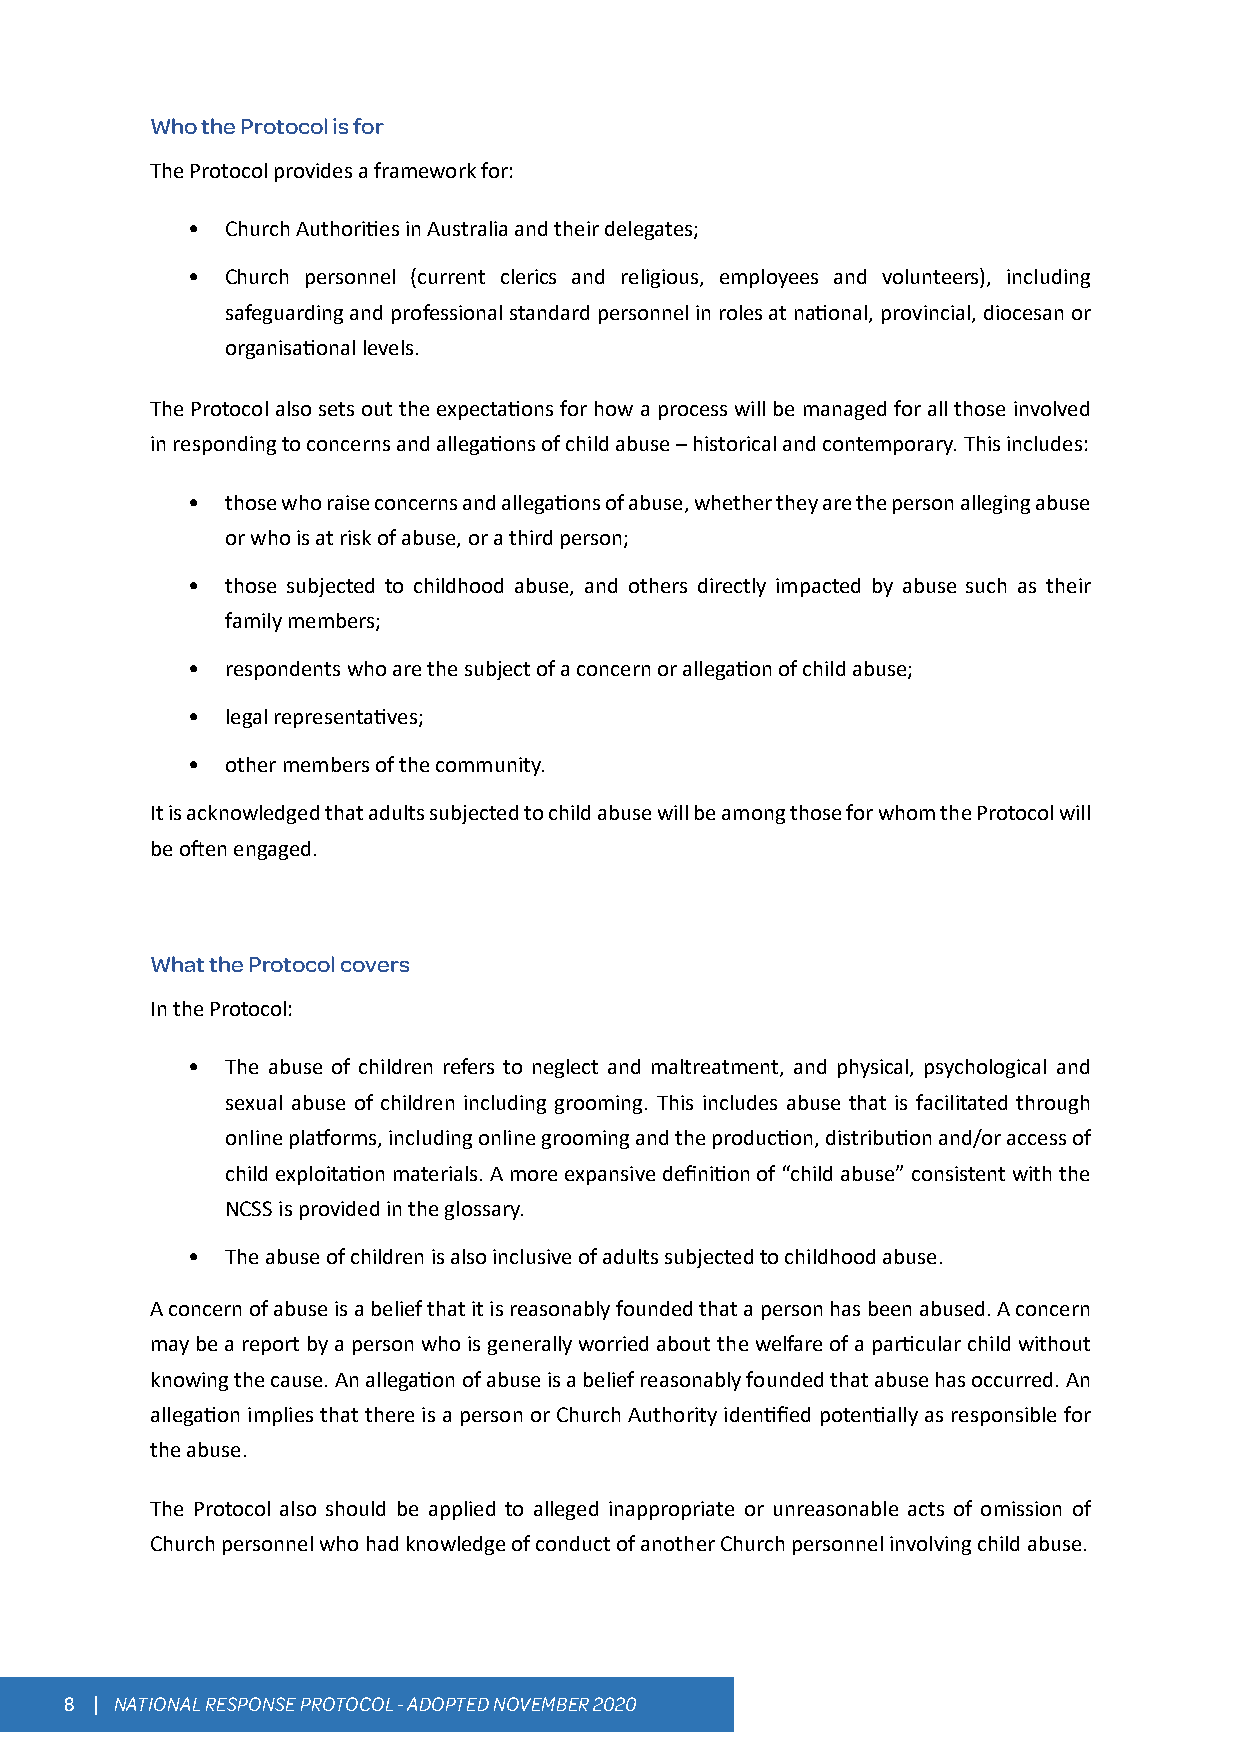
Who the Protocol is for
 The Protocol provides a framework for:
 •  Church Authorities in Australia and their delegates;
 •  Church personnel (current clerics and religious, employees and volunteers), including
 safeguarding and professional standard personnel in roles at national, provincial, diocesan or
 organisational levels.
 The Protocol also sets out the expectations for how a process will be managed for all those involved
 in responding to concerns and allegations of child abuse – historical and contemporary. This includes:
 •  those who raise concerns and allegations of abuse, whether they are the person alleging abuse
 or who is at risk of abuse, or a third person;
 •  those subjected to childhood abuse, and others directly impacted by abuse such as their
 family members;
 •  respondents who are the subject of a concern or allegation of child abuse;
 •  legal representatives;
 •  other members of the community.
 It is acknowledged that adults subjected to child abuse will be among those for whom the Protocol will
 be often engaged.
 What the Protocol covers
 In the Protocol:
 •  The abuse of children refers to neglect and maltreatment, and physical, psychological and
 sexual abuse of children including grooming. This includes abuse that is facilitated through
 online platforms, including online grooming and the production, distribution and/or access of
 child exploitation materials. A more expansive definition of “child abuse” consistent with the
 NCSS is provided in the glossary.
 •  The abuse of children is also inclusive of adults subjected to childhood abuse.
 A concern of abuse is a belief that it is reasonably founded that a person has been abused. A concern
 may be a report by a person who is generally worried about the welfare of a particular child without
 knowing the cause. An allegation of abuse is a belief reasonably founded that abuse has occurred. An
 allegation implies that there is a person or Church Authority identified potentially as responsible for
 the abuse.
 The Protocol also should be applied to alleged inappropriate or unreasonable acts of omission of
 Church personnel who had knowledge of conduct of another Church personnel involving child abuse.
 8 | NATIONAL RESPONSE PROTOCOL - ADOPTED NOVEMBER 2020